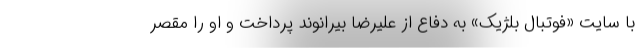
با سایت «فوتبال بلژیک» به دفاع از علیرضا بیرانوند پرداخت و او را مقصر